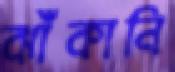
ঝাঁকানি